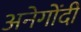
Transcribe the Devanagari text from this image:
अनेगोंदी